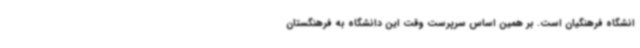
انشگاه فرهنگیان است. بر همین اساس سرپرست وقت این دانشگاه به فرهنگستان